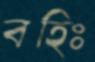
বহিঃ